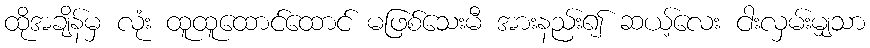
ထိုအချိန်မှ လုံး ထူထူထောင်ထောင် မဖြစ်သေးမီ အားနည်း၍ ဆယ့်လေး ငါးလှမ်းမျှသာ